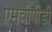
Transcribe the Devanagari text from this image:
एमवीपीडी